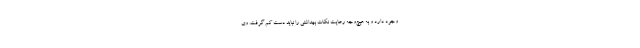
وجود دارد و به هیچ‌وجه رعایت نکات بهداشتی را نباید دست کم گرفت. وی